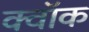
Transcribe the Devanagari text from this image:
क्वॉक